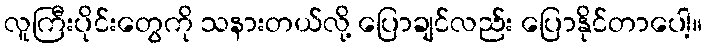
လူကြီးပိုင်းတွေကို သနားတယ်လို့ ပြောချင်လည်း ပြောနိုင်တာပေါ့။